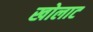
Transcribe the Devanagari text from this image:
खोलाट